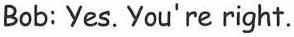
Bob: Yes. You're right.